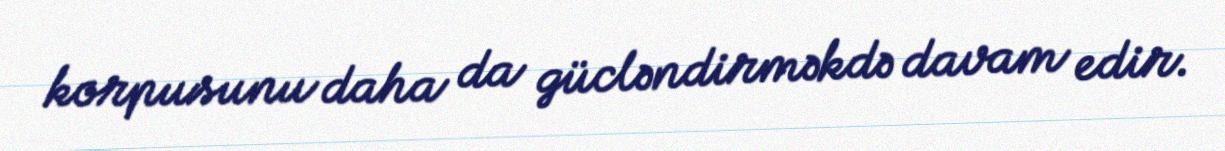
korpusunu daha da gücləndirməkdə davam edir.